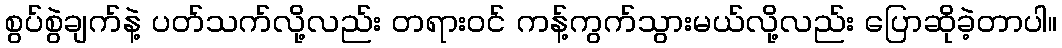
စွပ်စွဲချက်နဲ့ ပတ်သက်လို့လည်း တရားဝင် ကန့်ကွက်သွားမယ်လို့လည်း ပြောဆိုခဲ့တာပါ။